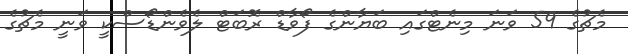
މެޗުގެ 59 ވަނަ މިނެޓްގައި ބަޔާންގެ ފޯވާޑް ރޮބަޓް ލެވެންޑޯސްކީ ވަނީ މެޗުގެ